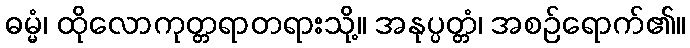
ဓမ္မံ၊ ထိုလောကုတ္တရာတရားသို့။ အနုပ္ပတ္တံ၊ အစဉ်ရောက်၏။